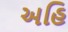
અહિ